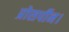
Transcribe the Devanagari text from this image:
प्रोसर्पीन।